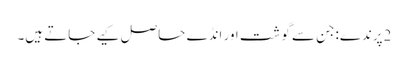
2پرندے:جن سے گوشت اور انڈے حاصل کیے جاتے ہیں۔